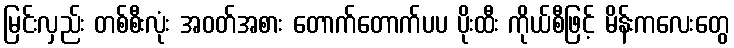
မြင်းလှည်း တစ်စီးလုံး အဝတ်အစား တောက်တောက်ပပ ပိုးထီး ကိုယ်စီဖြင့် မိန်းကလေးတွေ